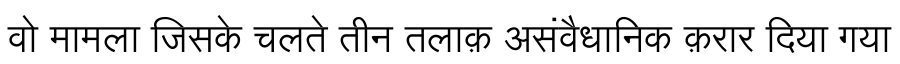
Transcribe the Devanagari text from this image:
वो मामला जिसके चलते तीन तलाक़ असंवैधानिक क़रार दिया गया